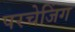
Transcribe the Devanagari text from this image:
परचेजिंग